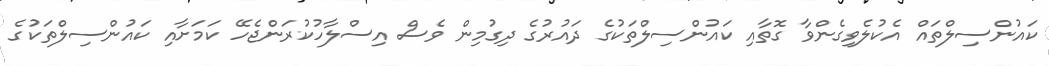
ކައުންސިލްތައް އެކުލެވިގެންވާ ގޮތާއި ކައުންސިލްތަކުގެ ދައުރުގެ ދިގުމިން ވެސް އިސްލާހުކުރަންޖެހޭ ކަމަށާއި ކައުންސިލްތަކުގެ